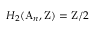
H _ { 2 } ( \mathrm { A } _ { n } , \mathrm { Z } ) = \mathrm { Z } / 2